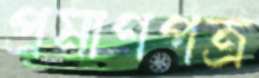
প্রমাণপত্র